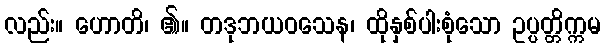
လည်း။ ဟောတိ၊ ၏။ တဒုဘယဝသေန၊ ထိုနှစ်ပါးစုံသော ဥပ္ပတ္တိက္ကမ